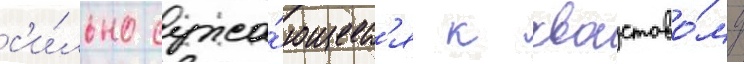
с'и́льно сужа́ющеес'я к хвостово́му